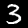
Digit: 3